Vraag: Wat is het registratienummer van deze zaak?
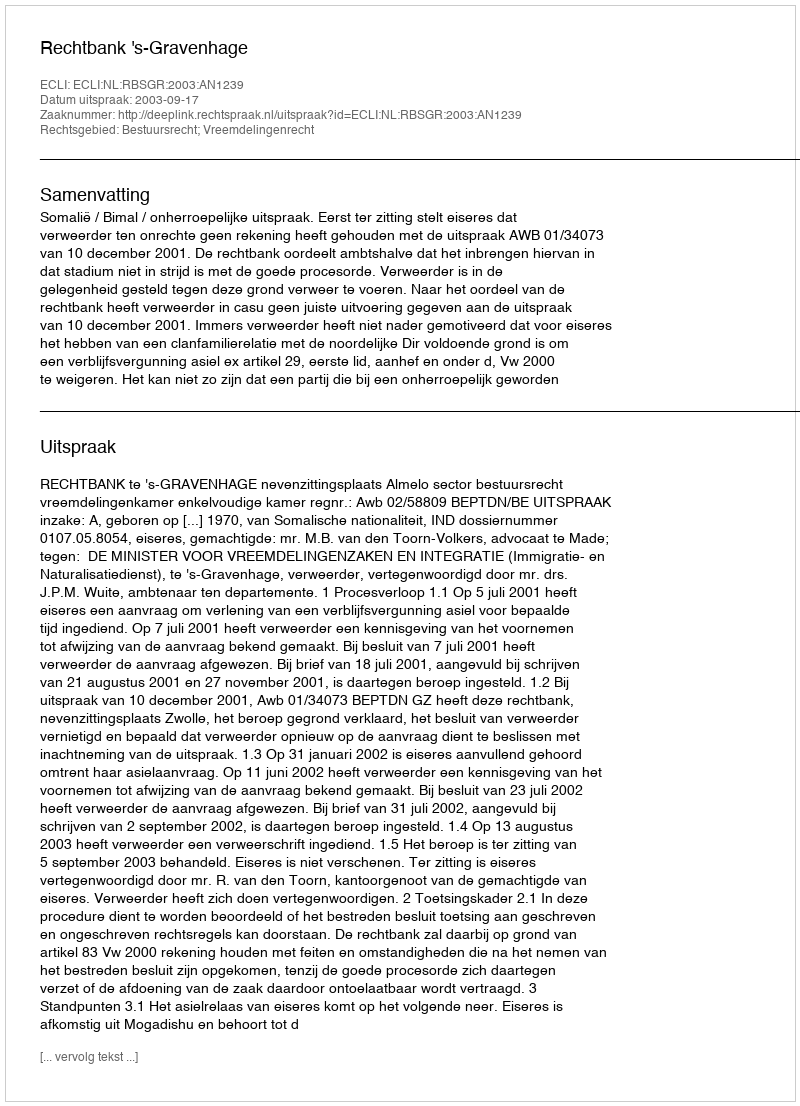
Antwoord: http://deeplink.rechtspraak.nl/uitspraak?id=ECLI:NL:RBSGR:2003:AN1239